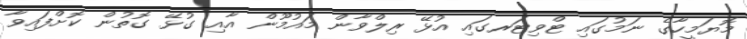
މޮޔަމީހާގެ ނަމުގައި ޓްވިޓަރގައި އުޅޭ ރިލްވާން މައުމޫން އާއި ގުޅޭ ގޮތުން ކޮށްފައިވާ